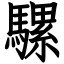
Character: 騾